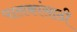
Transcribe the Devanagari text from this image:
पालकांसाठी